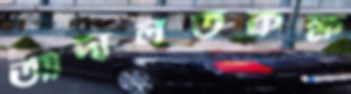
আদালতকক্ষ